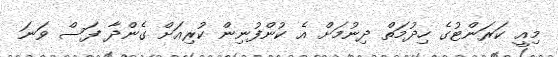
މިއީ ކަރަންޓުގެ ހިދުމަތް ދިނުމަށް އެ ކުންފުނިން ކުރިއަށް ގެންދާ ފަސް ވަނަ